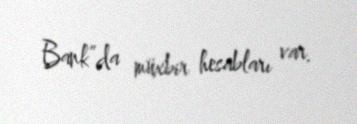
Bank”da müxbir hesabları var.